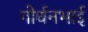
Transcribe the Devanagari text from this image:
गोर्धनभाई